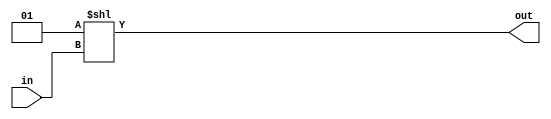
module decoder8_256(in,out);
	input [7:0] in;
	output[255:0] out;
	assign out = 1 << in;
endmodule